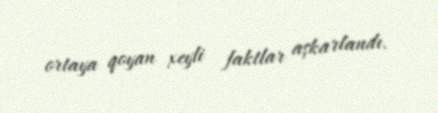
ortaya qoyan xeyli faktlar aşkarlandı.